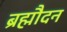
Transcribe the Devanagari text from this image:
ब्रह्मौदन